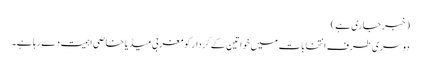
(خبر جاری ہے)
دوسری طرف انتخابات میں خواتین کے کردار کو مغربی میڈیا خاصی اہمیت دے رہا ہے۔